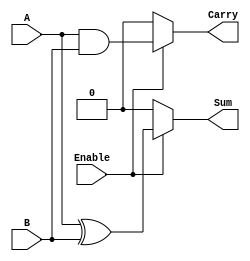
module ConditionalHalfAdder (
    input wire A,        // First binary input
    input wire B,        // Second binary input
    input wire Enable,   // Control signal
    output wire Sum,     // Sum output
    output wire Carry    // Carry output
);

// Combinational logic for Sum and Carry
assign Sum = Enable ? (A ^ B) : 1'b0;   // Sum is A XOR B when Enable is high, otherwise 0
assign Carry = Enable ? (A & B) : 1'b0; // Carry is A AND B when Enable is high, otherwise 0

endmodule